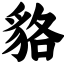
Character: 貉